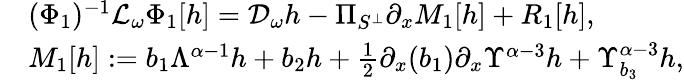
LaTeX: \begin{array}{rl}&{(\Phi_{1})^{-1}\mathcal{L}_{\omega}\Phi_{1}[h]=\mathcal{D}_{\omega}h-\Pi_{S^{\perp}}\partial_{x}M_{1}[h]+R_{1}[h],}\\ &{M_{1}[h]:={b}_{1}\Lambda^{\alpha-1}h+{b}_{2}h+\frac{1}{2}\partial_{x}({b}_{1})\partial_{x}\Upsilon^{\alpha-3}h+\Upsilon_{b_{3}}^{\alpha-3}h,}\end{array}